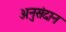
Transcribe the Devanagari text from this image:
अनुसंदान